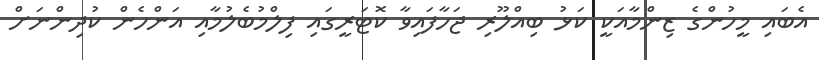
އެބައި މީހުންގެ ޒިންމާއަކީ ކަޅު ބިއްލޫރި ޖަހާފައިވާ ކޮޓަރީގައި ފިލްމުބެލުމާއި އަންހެން ކުދިންނަށް